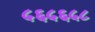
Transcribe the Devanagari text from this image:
५६५६५८